Report on sanitation, dispensaries, and jails in Rajputana for 1910, and on vaccination for the year 1910-1911 - 1910-1911
Year: 1910
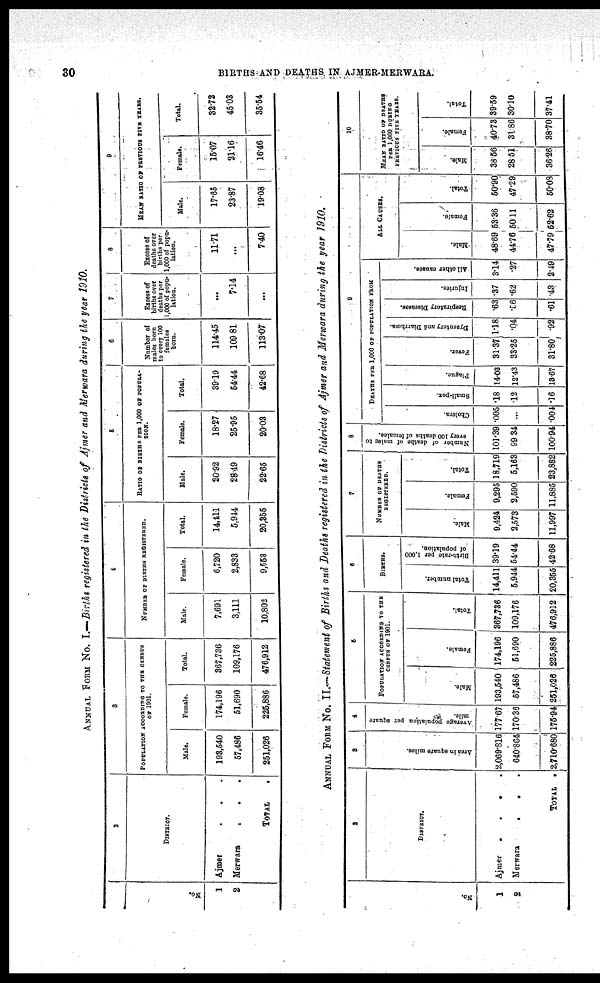
30
BIRTHS-AND DEATHS IN AJMER-MERWARA.
ANNUAL FORM No. I.—Births registered in the Districts of Ajmer and Merwara during the year 1910.
No.
1
2
2
DlSTRICT.
Ajmer
.
.
Merwara
.
.
.
TOTAL
.
3
POPULATlON ACCORDING TO THE CENSUS
OF 1901.
Male.
193,540
57,486
251,026
Female.
174,196
51,690
225,886
Total.
367,736
109,176
476,912
4
NUMBER OF BIRTHS REGISTERED.
Male.
7,691
3,111
10,802
Female.
6,720
2,833
9,553
Total.
14,411
5,944
20,355
6
RATIO OF BIRTHS PER 1,000 OF POPULA-
----.
Male.
20.92
28.49
22.65
Female.
18.27
25.95
20.03
Total.
39.19
54.44
42.68
6
Number of
males born
to every 100
females
born.
114.45
109.81
113.07
7
Excess of
births over
deaths per
1,000 of popu-
lation.
...
7.14
...
8
Excess of
deaths over
births per
1,000 of popu-
lation.
11.71
...
7.40
9
MEAN RATIO OF PREVIOUS FIVE YEARS.
Male.
17.65
23.87
19.08
Female.
15.07
21.16
16.46
Total.
32.72
45.03
35.54
ANNUAL FORM No. II.— Statement of Births and Deaths registered in the Districts of Ajmer and Merwara during the year 1910.
No.
1
2
2
DISTRICT.
Ajmer
....
Merwara
.
..
TOTAL .
3
Area in square miles.
2,069.816
640.864
2,710.680
4
Average population per square
mile.
177.67
170.36
175.94
5
POPULATION ACCORDING TO THE
CENSUS OF 1901.
Male.
193,540
57,486
251,026
Female.
174.196
51,690
225,885
Total.
367.736
109,176
476,912
6
BIRTHS.
Total number.
14,411
5,944
20,355
Birth-rate per 1,000
of population.
39.19
54.44
42.68
7
NUMBER OF DEATHS
REGISTERED.
Male.
9,424
2,573
11,997
Female.
9,295
2,590
11,885
Total.
18,719
5,163
23,882
8
Number of deaths of miles to
every 100 deaths of females.
101.39
99.34
100.94
9
DEATHS PER 1,000 OF POPULATION FROM
Cholera.
005
...
004
Small-pox.
.18
.12
.16
Plague.
14.03
12.43
13.67
Fever.
31.37
33.25
31.80
Dysentery and Diarrhœa.
1.18
.04
.92
Respiratory Diseases.
.63
.56
.61
Injuries.
.37
.62
.43
All other causes.
3.14
27
2.49
ALL CAUSES.
Male.
48.69
44.76
47.79
Female.
53.36
50.11
52.62
Total.
50.90
47.29
50.08
10
MEAN RATIO OF DEATHS
PER 1,000 DURING
PREVIOUS FIVE YEARS.
Male.
38.56
28.51
36.26
Female.
40.73
31.86
38.70
Total.
39.59
30.10
37.41